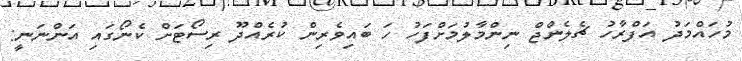
މުހައްމަދު އަފްރާހު ޗެލެންޖް ނިންމާލުމަށްފަހު ހަ ބައިވެރިން ކުރެއްދޫ ރިސޯޓަށް ކެނޯގައި އަންނަނީ: